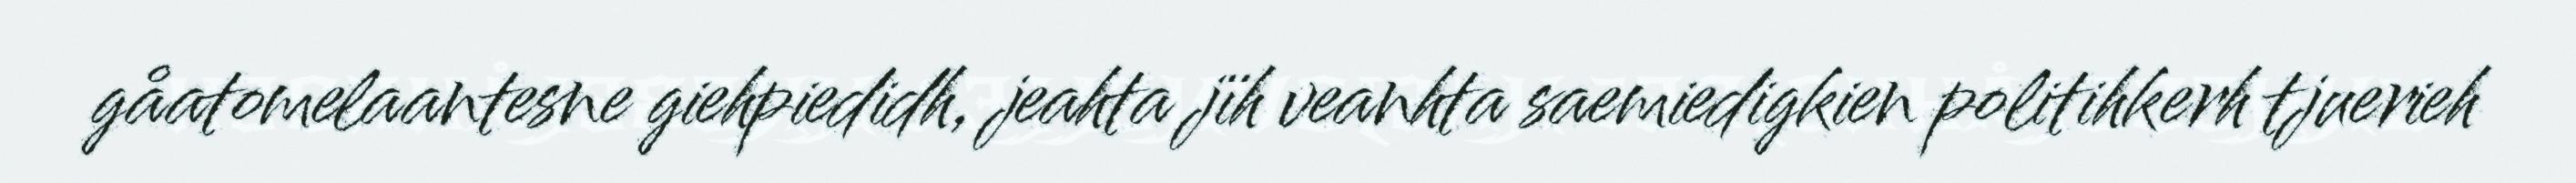
gåatomelaantesne giehpiedidh, jeahta jïh veanhta saemiedigkien politihkerh tjuerieh